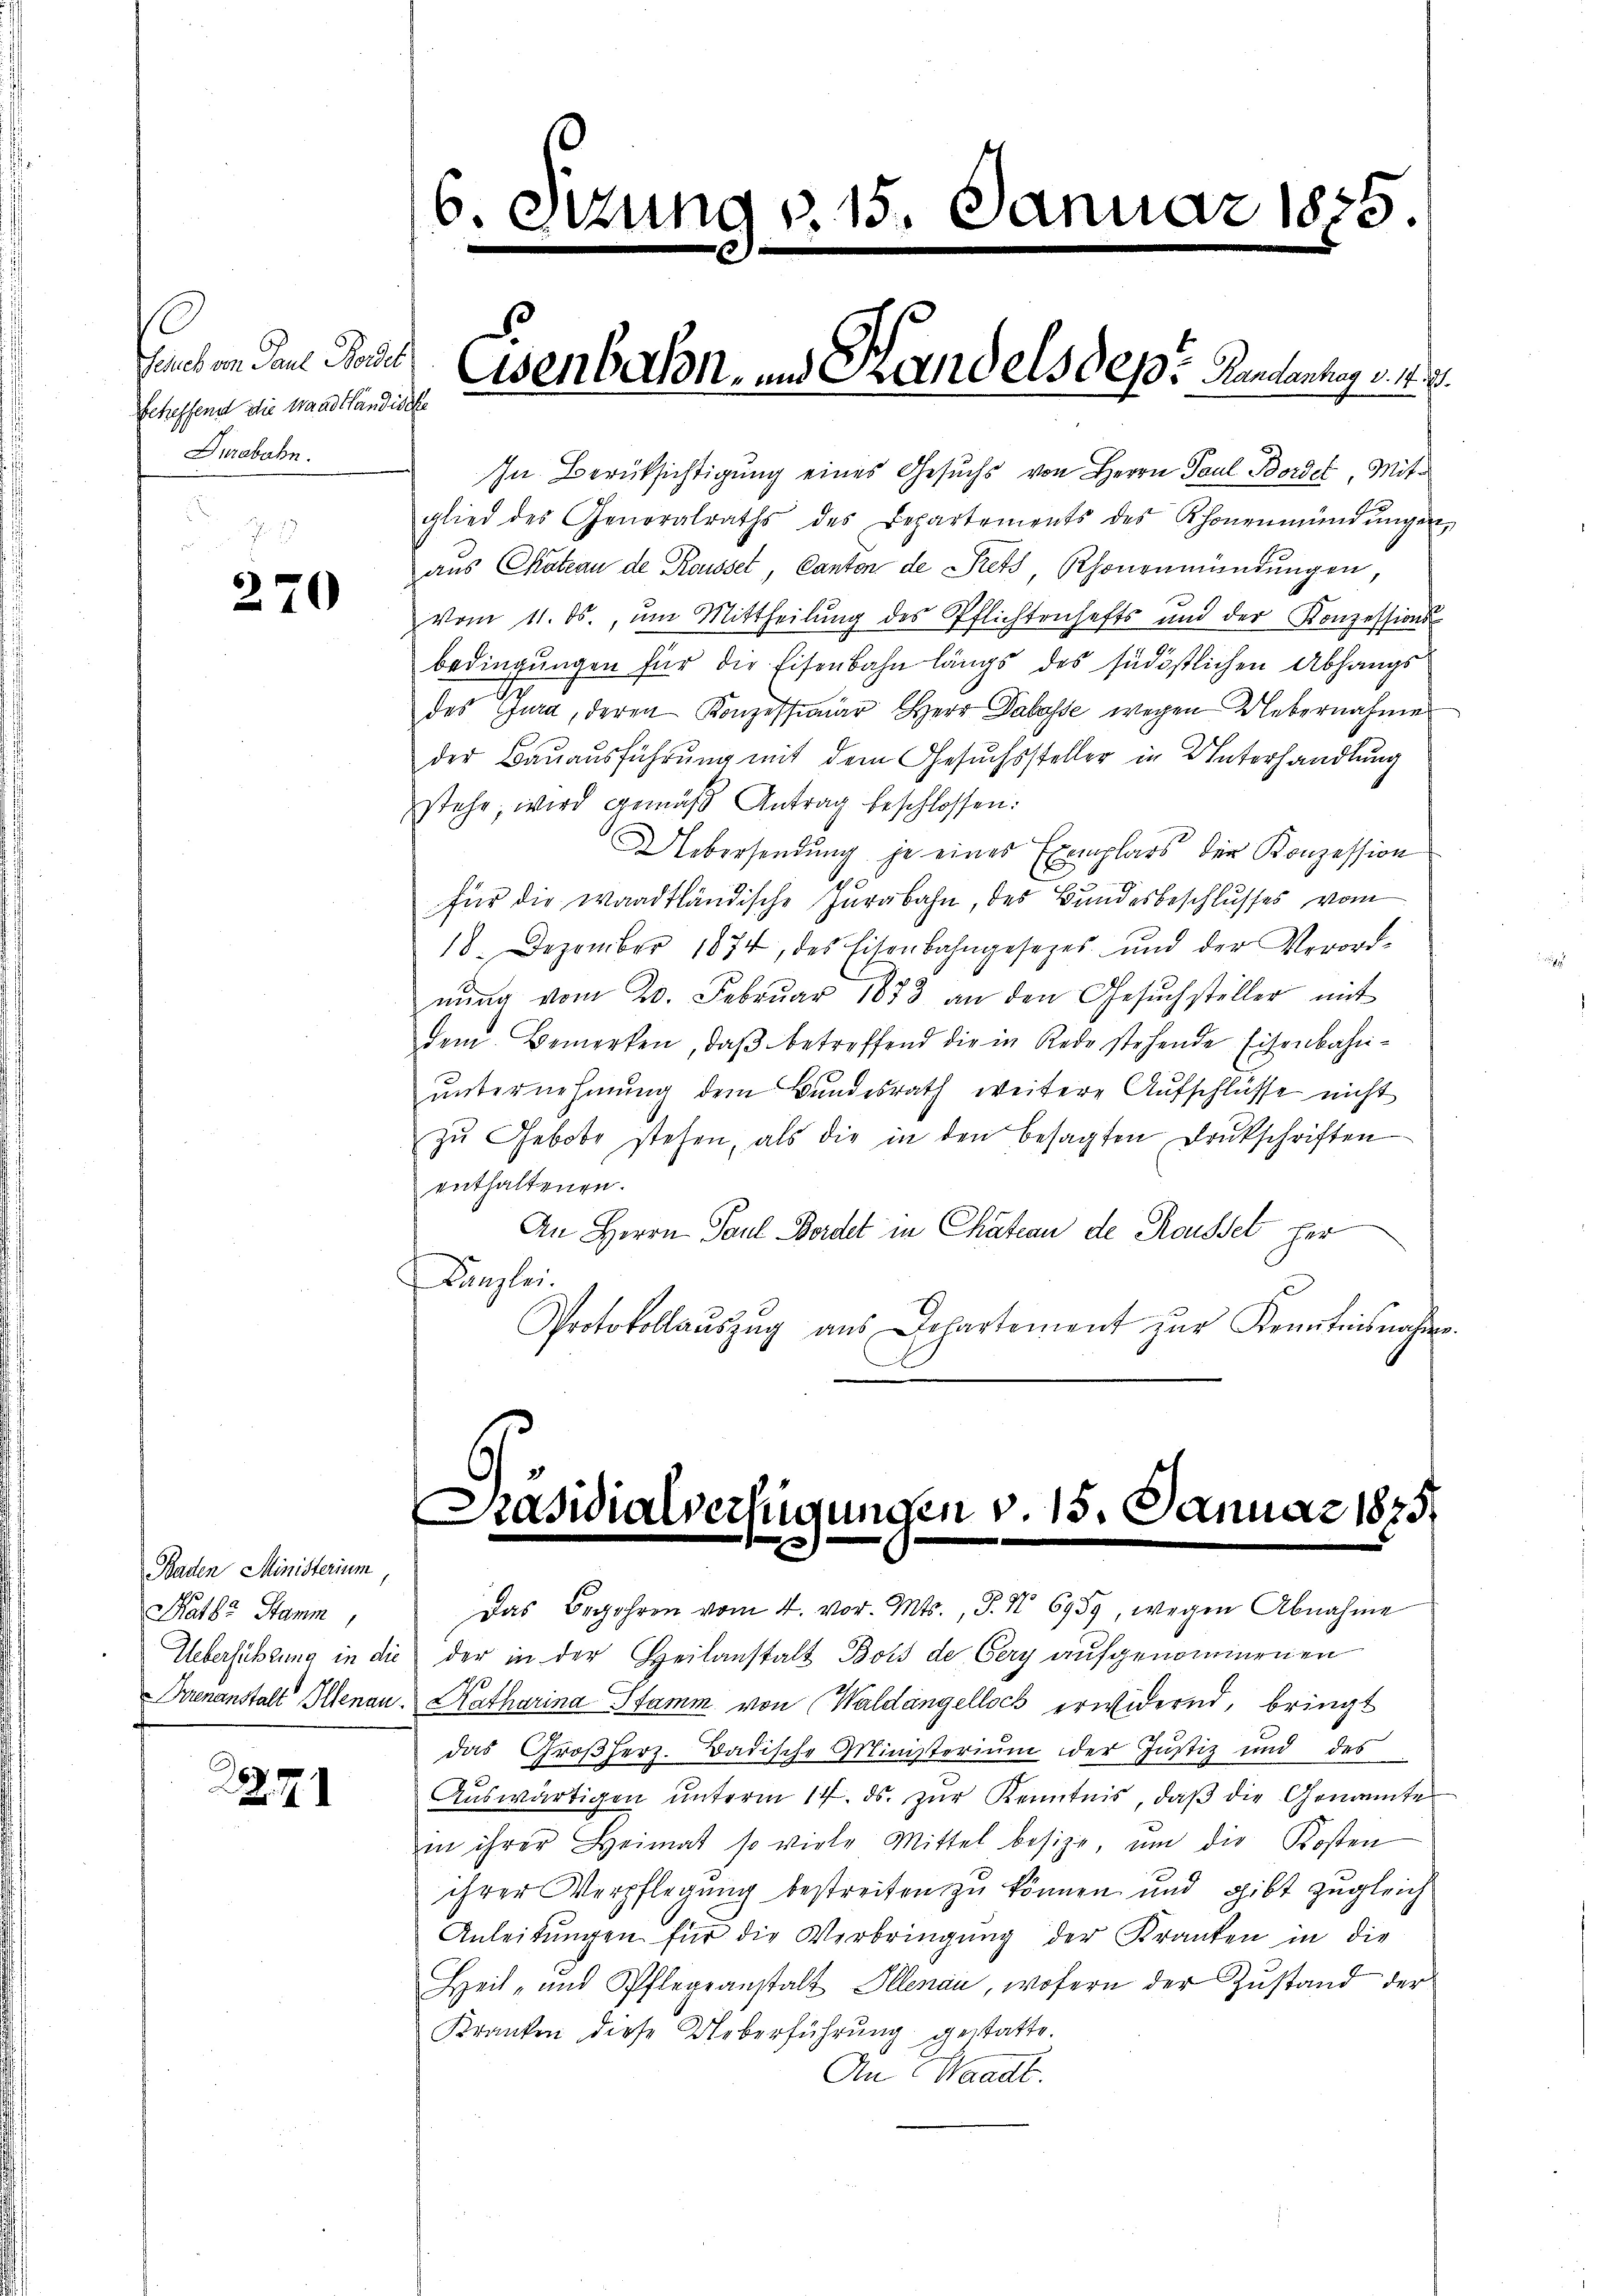
Graben den Paul
Scheffend die Waadtländische
Durabahn.

270

Baden Ministerium,
Pater Stamm,

2.7.1

In Berüksichtigung eines Gesuchs von Herrn Paul Bordet, Mitglied des Generalraths des Departements des Khonenmündŭngen,
aus Chateau de Rousset, Canton de Rets, Rhonenmündungen
vom 11. ds., um Mittheilung des Pflichtenhafts und der Konzessions-
bedingungen für die Eisenbahn längs des südöstlichen Abhangsdes Jura, deren Konzessionär Herr Dabasse wegen Uebernahme
der Bauausführung mit dem Gesuchssteller in Unterhandlung
stehe, wird gemäβ Antrag beschlossen:
Uebersendung je eines Exemplars der Konzession
S
für die waadtländische Jurabahn, des Bundesbeschlusses vom
18. Dezember 1874, des Eisenbahngesezes und der Verord-
nŭng vom 20. Febrŭar 1883 an den Gesŭchsteller mit
dem Bemerken, daβ betreffend die in Rede stehende Eisenbahnunternehmung dem Bundesrath weitere Aufschlüsse nicht
zŭ Gebote stehen, als die in den besagten Drukschriften
enthaltenen.
An Herrn Paul Bordet in Chateau de Rousset her
Kanzlei.
Protokollaŭszŭg aŭs Departement zŭr Kenntnisnahme.

Das Begehren vom 4. vor. Mts., S. N 6959, wegen Abnahme

Präsidialverfügungen v. 15. Januar 1875.

6. Sizung v. 15. Januar 1835

Eisenbahn- und Handels des Rennantrag v. 17.

Uebersichtung in die der in der Heilanstalt Bois de Cery aufgenommenen
Sienanstalt Illnau, Katharina Stamm von Waldangelloch erwidernd, bringt
das Großherz. Badische Ministerium der Justiz und des
Aŭswärtigen ŭnterm 14. ds. zŭr Kenntnis, daβ die Genannte
in ihrer Heimat so viele Mittel besize, ŭm die Kosten
ihrer Verpflegung bestreiten zu können und gibt zugleich
Anleitŭngen für die Verbringung der Kranken in die
Heil- und Pflegeanstalt Illnau, wofern der Zŭstand der
Kranken diese Ueberführung gestatte.
An Waadt.